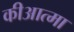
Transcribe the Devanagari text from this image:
कीआत्मा